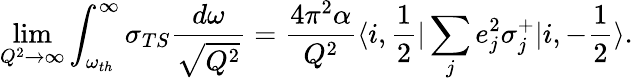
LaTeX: \operatorname*{lim}_{Q^{2}\to\infty}\int_{\omega_{th}}^{\infty}\sigma_{TS}\frac{d\omega}{\sqrt{Q^{2}}}=\frac{4\pi^{2}\alpha}{Q^{2}}\langle i,\frac 12|\sum_{j}e_{j}^{2}\sigma_{j}^{+}|i,-\frac 12\rangle.